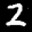
Digit: 2